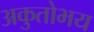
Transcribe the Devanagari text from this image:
अकुतोभय